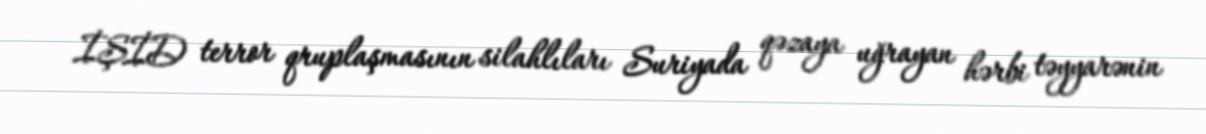
İŞİD terror qruplaşmasının silahlıları Suriyada qəzaya uğrayan hərbi təyyarənin